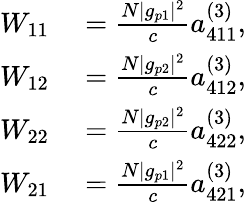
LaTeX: \begin{array}{rl}{W_{11}}&{{}=\frac{N|g_{p1}|^{2}}{c}a_{411}^{(3)},}\\ {W_{12}}&{{}=\frac{N|g_{p2}|^{2}}{c}a_{412}^{(3)},}\\ {W_{22}}&{{}=\frac{N|g_{p2}|^{2}}{c}a_{422}^{(3)},}\\ {W_{21}}&{{}=\frac{N|g_{p1}|^{2}}{c}a_{421}^{(3)},}\end{array}